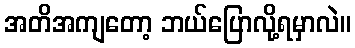
အတိအကျတော့ ဘယ်ပြောလို့ရမှာလဲ။